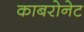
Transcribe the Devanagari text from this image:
काबरोनेट